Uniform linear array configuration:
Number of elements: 48
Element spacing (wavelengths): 0.75
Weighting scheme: hamming
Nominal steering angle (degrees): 45
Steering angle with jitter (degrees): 46.026
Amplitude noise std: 0.05
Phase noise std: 0.05

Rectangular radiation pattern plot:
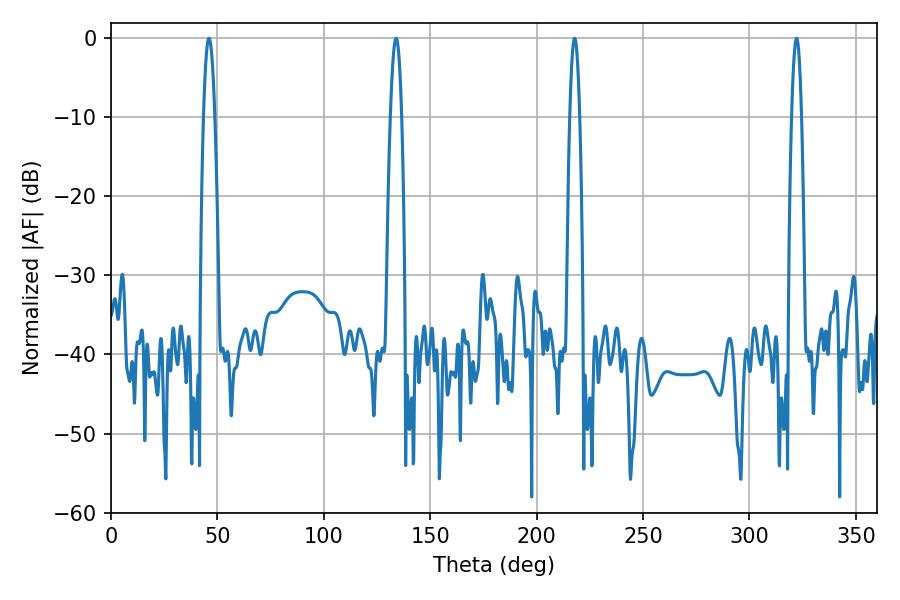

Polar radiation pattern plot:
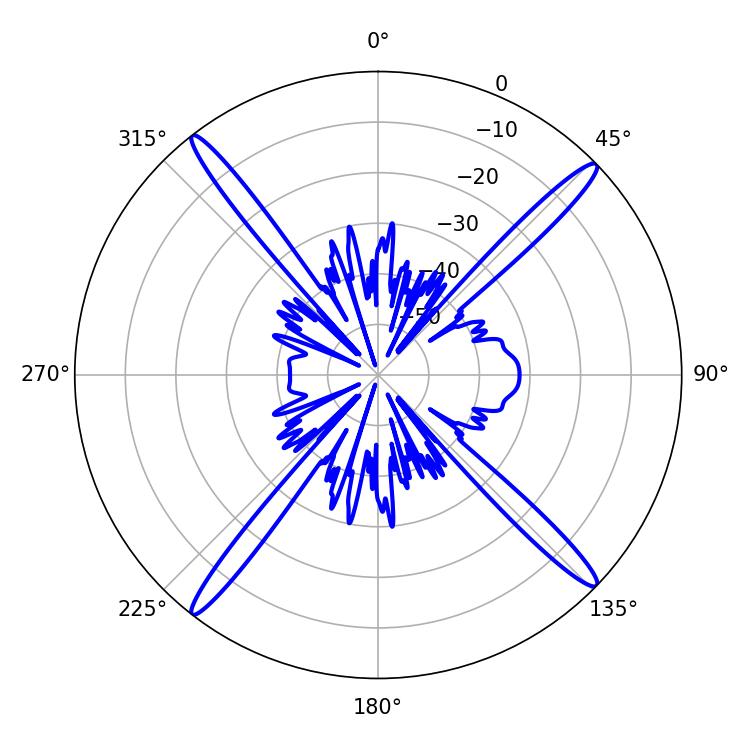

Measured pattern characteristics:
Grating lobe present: TRUE
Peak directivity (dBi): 19.924
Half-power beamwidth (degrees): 2.88
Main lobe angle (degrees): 133.92